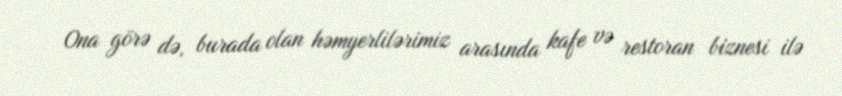
Ona görə də, burada olan həmyerlilərimiz arasında kafe və restoran biznesi ilə